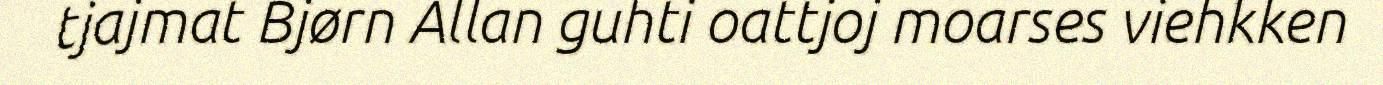
tjajmat Bjørn Allan guhti oattjoj moarses viehkken